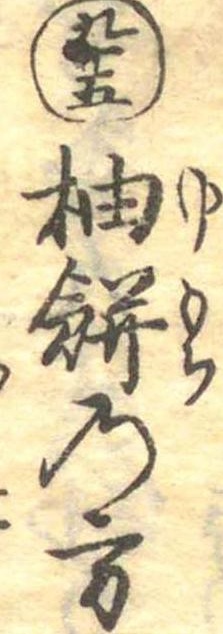
九十五柚餅の方